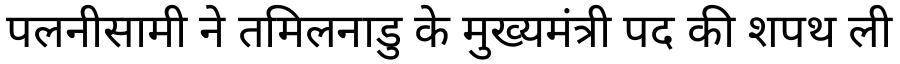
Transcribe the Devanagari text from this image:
पलनीसामी ने तमिलनाडु के मुख्यमंत्री पद की शपथ ली